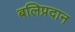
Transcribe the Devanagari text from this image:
बलिप्रदान